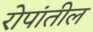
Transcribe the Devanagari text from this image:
रोपांतील